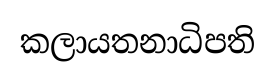
කලායතනාධිපති